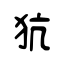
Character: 犺